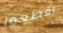
اقطعوا